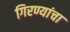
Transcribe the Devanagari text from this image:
गिरण्यांचा